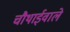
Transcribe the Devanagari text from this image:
चौथाईवाले